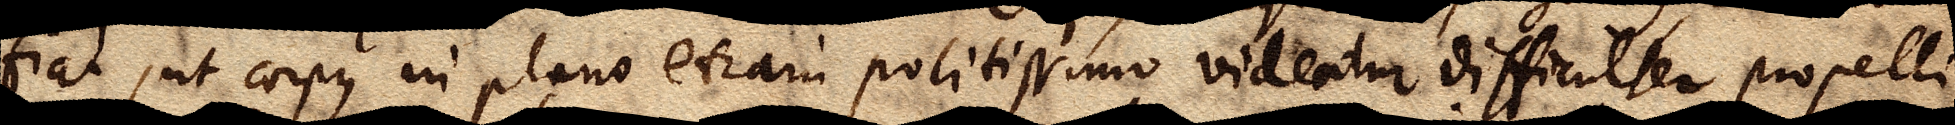
fiat, ut corpus in plano etiam politissimo videatur difficulter propelli